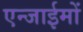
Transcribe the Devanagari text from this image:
एन्जाईमों